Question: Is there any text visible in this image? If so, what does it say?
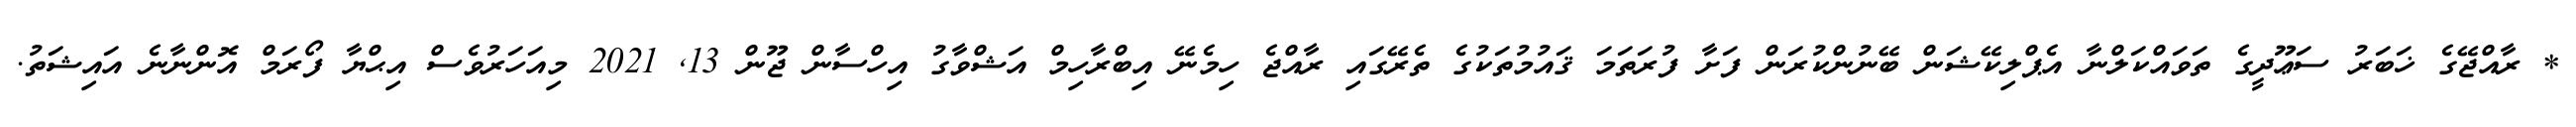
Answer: * ރާއްޖޭގެ ޚަބަރު ސަޢޫދީގެ ތަވައްކަލްނާ އެޕްލިކޭޝަން ބޭނުންކުރަން ފަށާ ފުރަތަމަ ޤައުމުތަކުގެ ތެރޭގައި ރާއްޖެ ހިމެނޭ އިބްރާހިމް އަޝްވާގު އިހްސާން ޖޫން 13, 2021 މިއަހަރުވެސް އިޙްޔާ ފޯރަމް އޮންނާނެ އައިޝަތު.